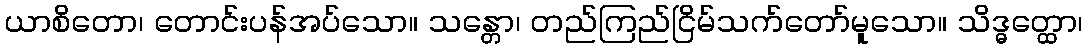
ယာစိတော၊ တောင်းပန်အပ်သော။ သန္တော၊ တည်ကြည်ငြိမ်သက်တော်မူသော။ သိဒ္ဓတ္ထော၊